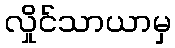
လှိုင်သာယာမှ